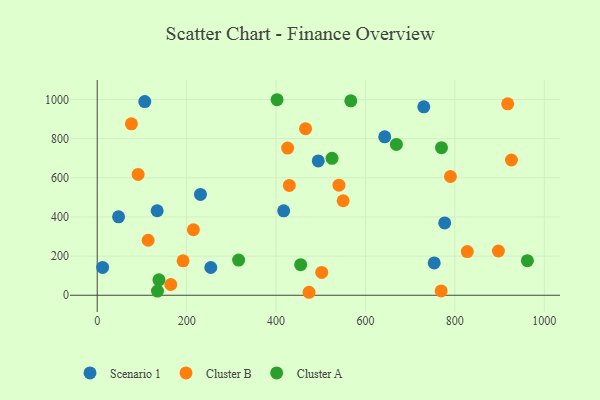
{"axis": {"x": "Study Hours", "y": "Salary"}, "legend": ["Cluster A", "Cluster B", "Scenario 1"], "data": [{"x": "494.4", "y": 686.6, "type": "Scenario 1"}, {"x": "730.5", "y": 962.7, "type": "Scenario 1"}, {"x": "106.4", "y": 990.0, "type": "Scenario 1"}, {"x": "12.1", "y": 142.3, "type": "Scenario 1"}, {"x": "254.1", "y": 141.9, "type": "Scenario 1"}, {"x": "230.9", "y": 515.5, "type": "Scenario 1"}, {"x": "47.8", "y": 400.9, "type": "Scenario 1"}, {"x": "643.1", "y": 809.5, "type": "Scenario 1"}, {"x": "134.1", "y": 431.7, "type": "Scenario 1"}, {"x": "777.3", "y": 369.5, "type": "Scenario 1"}, {"x": "417.1", "y": 431.6, "type": "Scenario 1"}, {"x": "753.8", "y": 165.3, "type": "Scenario 1"}, {"x": "897.4", "y": 226.2, "type": "Cluster B"}, {"x": "113.9", "y": 281.1, "type": "Cluster B"}, {"x": "769.3", "y": 21.9, "type": "Cluster B"}, {"x": "215.1", "y": 334.7, "type": "Cluster B"}, {"x": "466.0", "y": 851.4, "type": "Cluster B"}, {"x": "827.8", "y": 223.2, "type": "Cluster B"}, {"x": "790.1", "y": 606.8, "type": "Cluster B"}, {"x": "502.2", "y": 116.5, "type": "Cluster B"}, {"x": "473.8", "y": 15.2, "type": "Cluster B"}, {"x": "918.2", "y": 978.2, "type": "Cluster B"}, {"x": "164.5", "y": 54.9, "type": "Cluster B"}, {"x": "192.0", "y": 176.1, "type": "Cluster B"}, {"x": "429.7", "y": 561.2, "type": "Cluster B"}, {"x": "76.4", "y": 875.9, "type": "Cluster B"}, {"x": "425.9", "y": 751.9, "type": "Cluster B"}, {"x": "926.5", "y": 691.1, "type": "Cluster B"}, {"x": "540.7", "y": 562.4, "type": "Cluster B"}, {"x": "550.1", "y": 482.9, "type": "Cluster B"}, {"x": "91.5", "y": 617.5, "type": "Cluster B"}, {"x": "138.1", "y": 78.8, "type": "Cluster A"}, {"x": "962.2", "y": 176.7, "type": "Cluster A"}, {"x": "669.2", "y": 770.7, "type": "Cluster A"}, {"x": "770.1", "y": 754.4, "type": "Cluster A"}, {"x": "402.3", "y": 999.2, "type": "Cluster A"}, {"x": "567.2", "y": 993.4, "type": "Cluster A"}, {"x": "455.1", "y": 156.5, "type": "Cluster A"}, {"x": "525.2", "y": 699.6, "type": "Cluster A"}, {"x": "316.3", "y": 179.5, "type": "Cluster A"}, {"x": "134.8", "y": 21.2, "type": "Cluster A"}]}